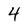
Character: 4